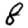
Digit: 8